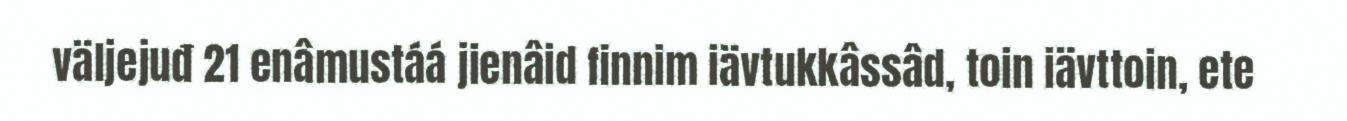
väljejuđ 21 enâmustáá jienâid finnim iävtukkâssâd, toin iävttoin, ete